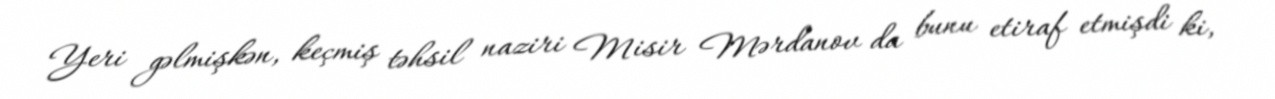
Yeri gəlmişkən, keçmiş təhsil naziri Misir Mərdanov da bunu etiraf etmişdi ki,